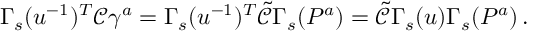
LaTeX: \Gamma _ { s } ( u ^ { - 1 } ) ^ { T } \mathcal { C } \gamma ^ { a } = \Gamma _ { s } ( u ^ { - 1 } ) ^ { T } \tilde { \mathcal { C } } \Gamma _ { s } ( P ^ { a } ) = \tilde { \mathcal { C } } \Gamma _ { s } ( u ) \Gamma _ { s } ( P ^ { a } ) \, .